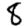
Digit: 8